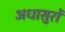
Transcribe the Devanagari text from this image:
अधासुरों